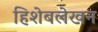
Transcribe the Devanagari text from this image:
हिशेबलेखन